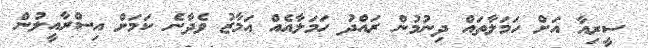
ސީރިއާ އަށް ހަމަލާތައް ދިނުމުން ރައްދު ހަމަލާއެއް އަމާޒު ވެދާނެ ކަމަށް އިސްރާއީލުން